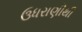
ઉધરાણીથી